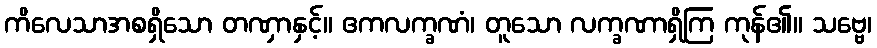
ကိလေသာအစရှိသော တဏှာနှင့်။ ဧကလက္ခဏံ၊ တူသော လက္ခဏာရှိကြ ကုန်၏။ သဗ္ဗေ၊